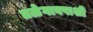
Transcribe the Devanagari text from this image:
तळेगावपाशी